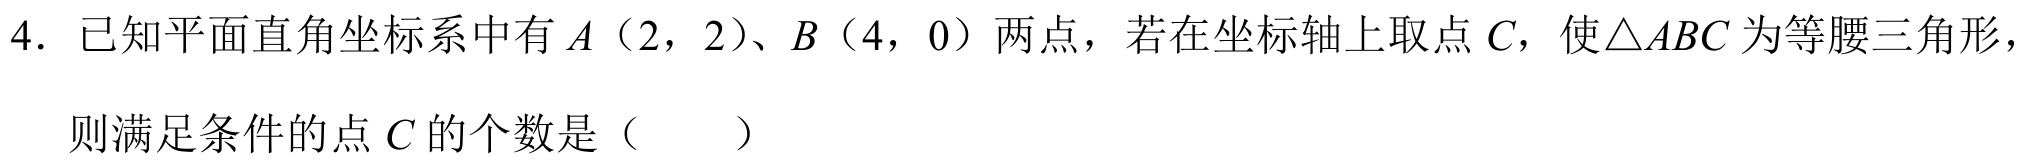
4. 已知平面直角坐标系中有\(A\)（\(2\)，\(2\)）、\(B\)（\(4\)，\(0\)）两点，若在坐标轴上取点\(C\)，使\(\triangle ABC\)为等腰三角形，则满足条件的点\(C\)的个数是（  ）